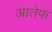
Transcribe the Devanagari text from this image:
आतेफ